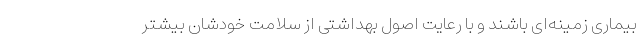
بیماری زمینه‌ای باشند و با رعایت اصول بهداشتی از سلامت خودشان بیشتر